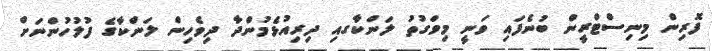
ފޮރިިން މިނިސްޓްރީން ބުނެފައި ވަނީ މިވަގުތު ލަންކާގއި ދިރިއުޅެމުންދާ ދިވެހިން ލަންކާގެ ފުލުހުންނަށް